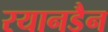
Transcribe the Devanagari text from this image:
रयानडैन